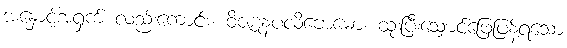
အနှောင့်အရှက် လည်းကောင်း။ ဝိဇဋနပလိဗောဓော၊ ထုံးပြီးသျှောင်ဖြေဖြန့်ရသော